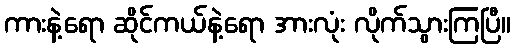
ကားနဲ့ရော ဆိုင်ကယ်နဲ့ရော အားလုံး လိုက်သွားကြပြီ။